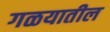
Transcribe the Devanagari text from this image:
गळयातील